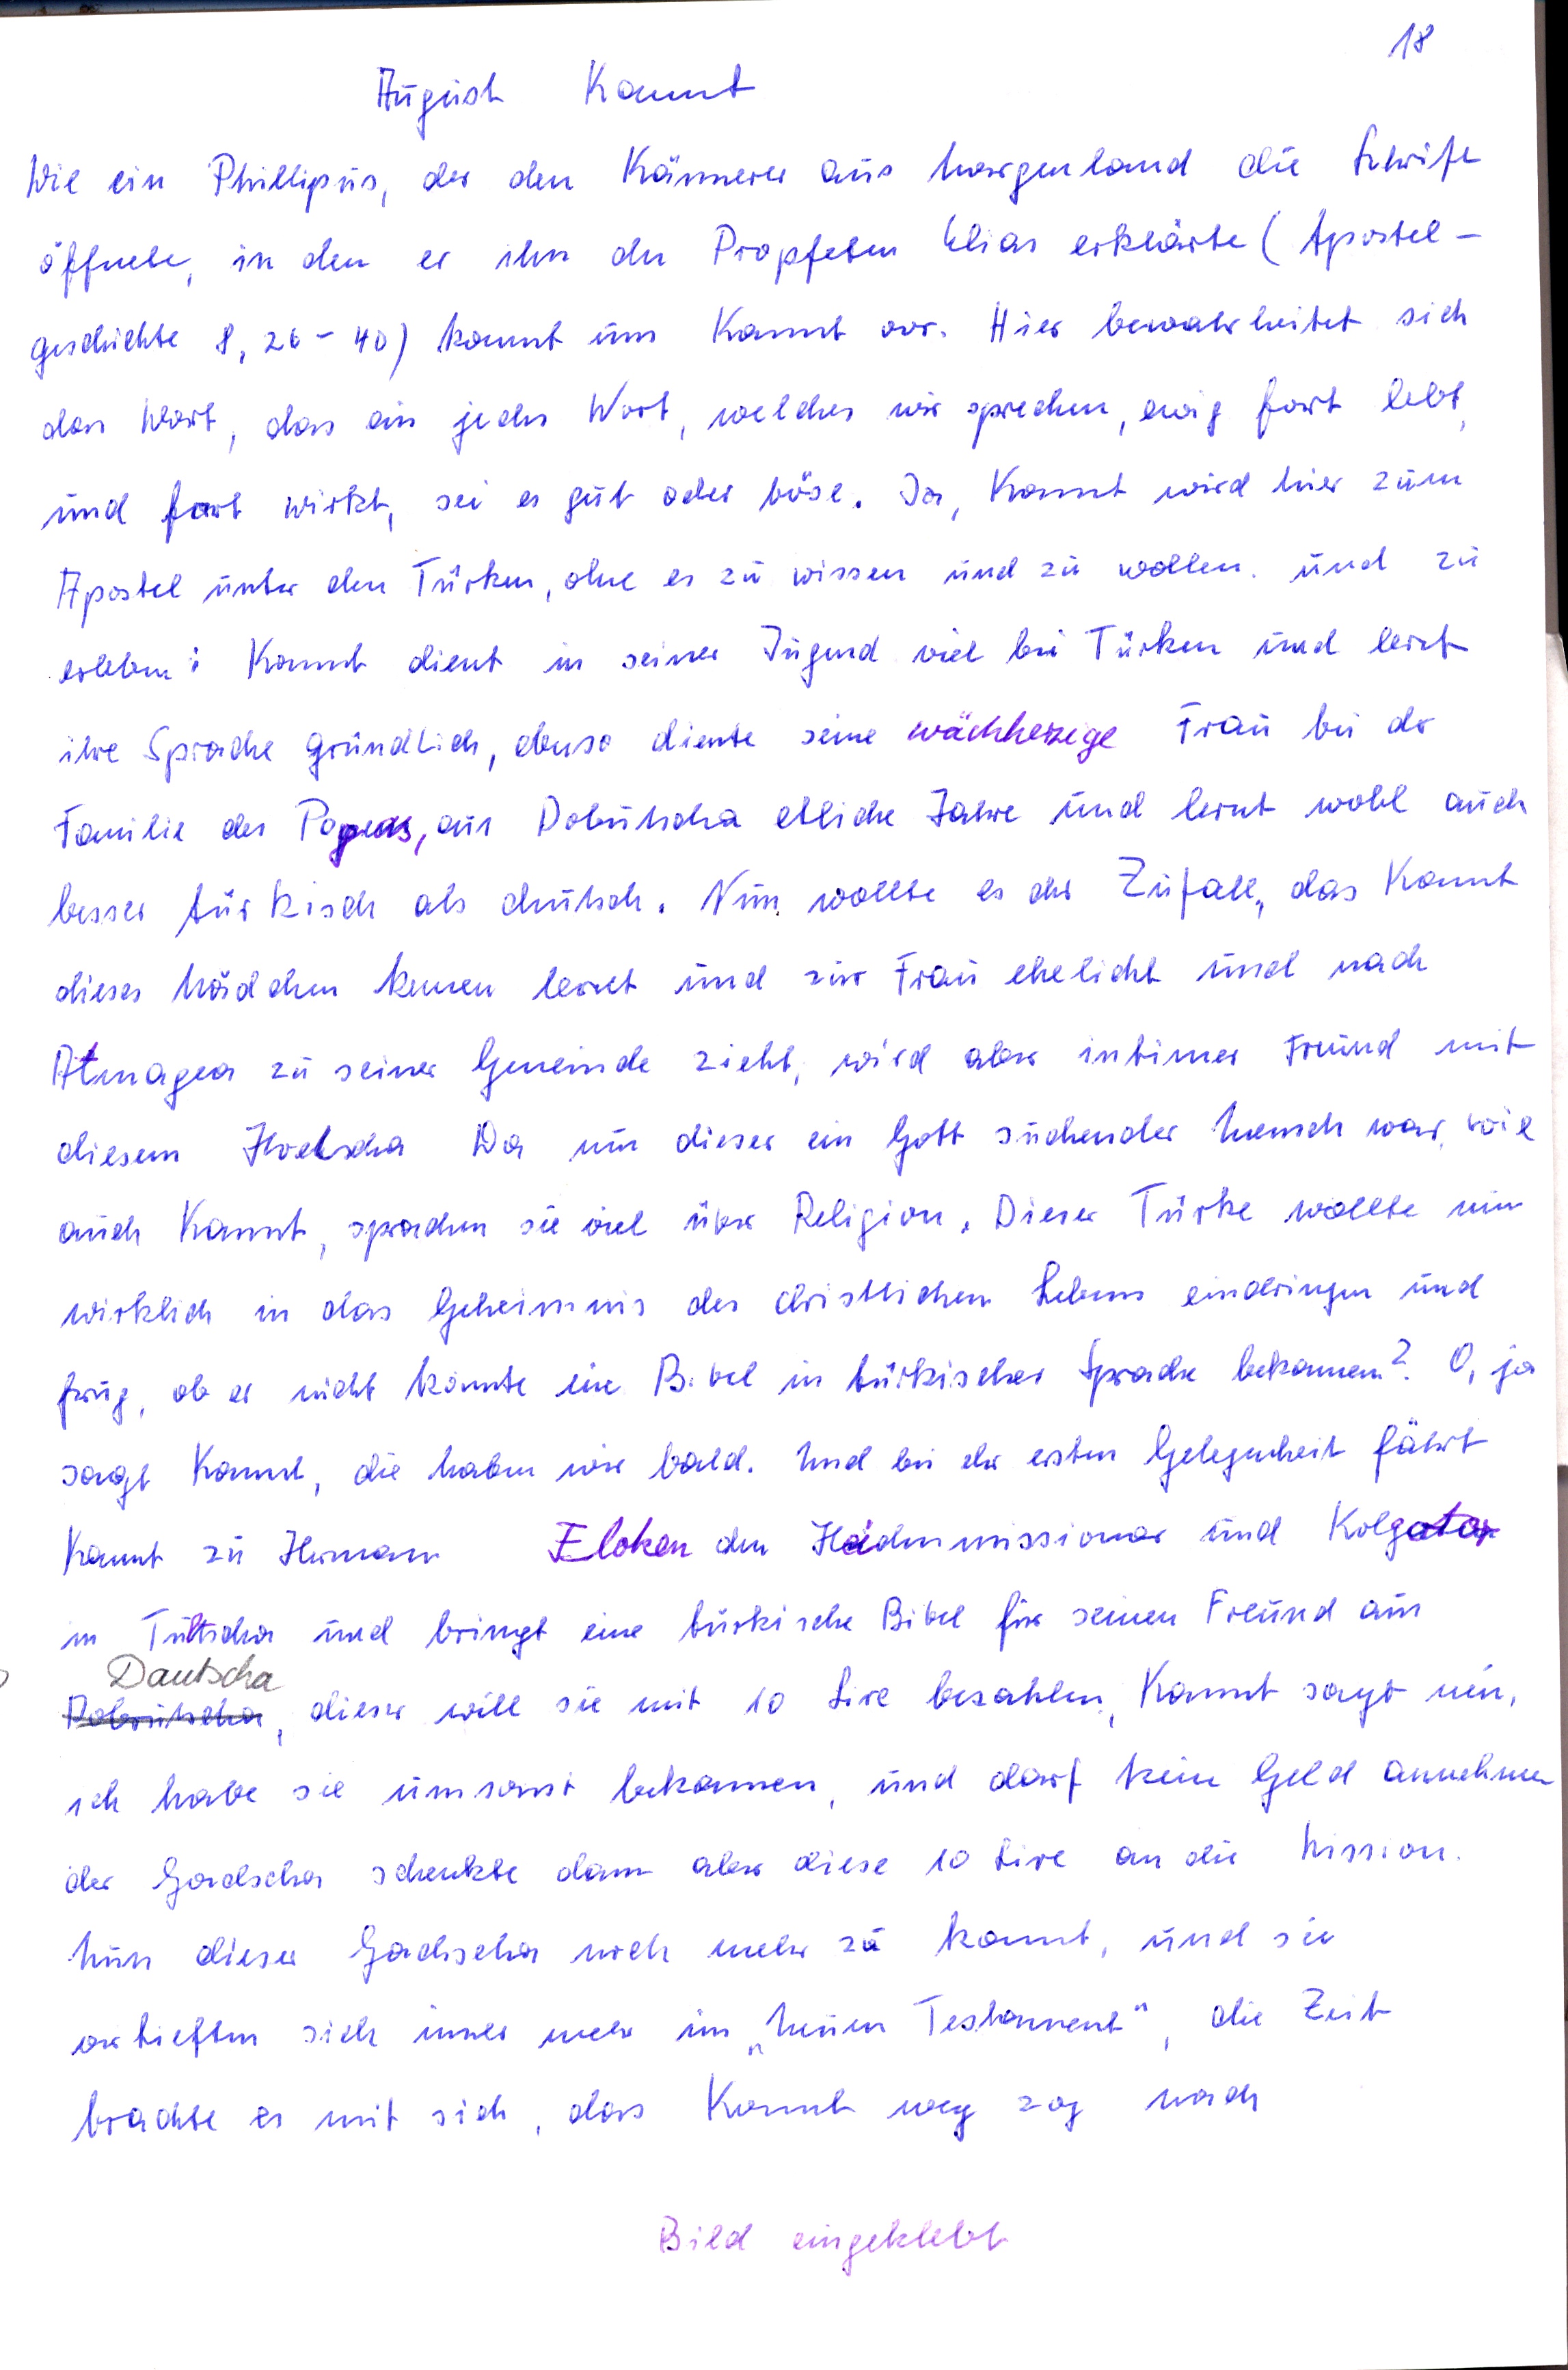
18
August Kannt
Wie ein Philipus, der den Kämmerer aus dem Morgenland die Schrift
öffnete, in dem er ihn den Propfeten Elias erklärte ( Apostel
geschichte 8, 26 - 40 ) kommt uns Kannt vor. Hier bewahrheitet sich
das Wort, das ein jedes Wort, welches wir sprechen, ewig fort lebt
und fort wirkt, sei es gut oder böse. Ja Kannt wird hier zum
Apostel unter den Türken, ohne es zu wissen und zu wollen und zu
erleben : Kannt dient in seiner Jugend viel bei Türken und lernt
ihre Sprache gründlich, ebenso diente seine weichherzige Frau bei der
Familie des Pogeas aus Dobutscha etliche Jahre und lernt wohl auch
besser tür kisch als deutsch. Nun wollte es der Zufall, das Kannt
dieses Mädchen kennen lernt und zur Frau ehelicht und nach
Atmagea zu seiner Gemeinde zieht wird aber intimer Freund mit
diesem Hodscha  Da nun dieser ein Gott suchender Mensch war wie
auch Kannt, sprachen sie viel über Religion . Dieser Türke wollte nun
wirklich in das Geheimnis des christlichen Lebens eindringen und
frug, ob er nicht konnte eine Bibel in türkischer Sprache bekommen? O, ja
sagte Kannt, die haben wir bald. Und bei der ersten Gelegenheit fährt
Kannt zu Herman Floken den Haidenmissionar und Kolgata
in Tultscha und bringt eine türkische Bibel für seinen Freund aus
Dautscha
Dobrutscha , dieser will sie mit 10 Lire bezahlen , Kannt sagt nein
ich habe sie umsonst bekommen und darf kein Geld annehmen
der Gadscha schenkte dann aber diese 10 Lire an die Mission
Nun diese Gadscha noch mehr zu kommt und sie
vertieften sich immer mehr im „Neuen Testament" die Zeit
brachte es mit sich das Kannt weg zog nach
Bild eingeklebt